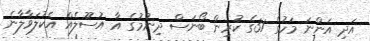
އަދި އަންނަ މަހުގެ 31ގެ ކުރިން ބޯނަސް ދިނުމުގެ އާ އުސޫލެއް އެކުލަވާލާނެ